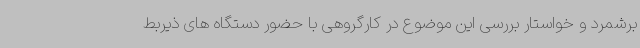
برشمرد و خواستار بررسی این موضوع در کارگروهی با حضور دستگاه های ذیربط